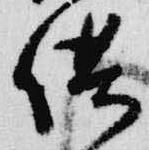
供